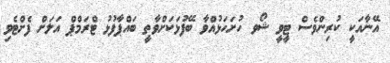
އޭނާއަކީ ކުރިންވެސް ޓީވީ ޝޯވ ހުށަހަޅުއްވާ ބޭފުޅަކަށްވާތީ ބައްޕާފުޅު ޓްރަމްޕް އަލަށް ފެށްޓެވި